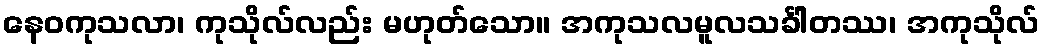
နေဝကုသလာ၊ ကုသိုလ်လည်း မဟုတ်သော။ အကုသလမူလသင်္ခါတဿ၊ အကုသိုလ်